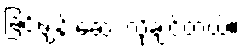
ခြင်ဖျန်းဆေး လိုချင်တယ်။